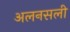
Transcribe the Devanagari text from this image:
अलनसली